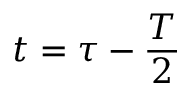
t = \tau - \frac { T } { 2 }